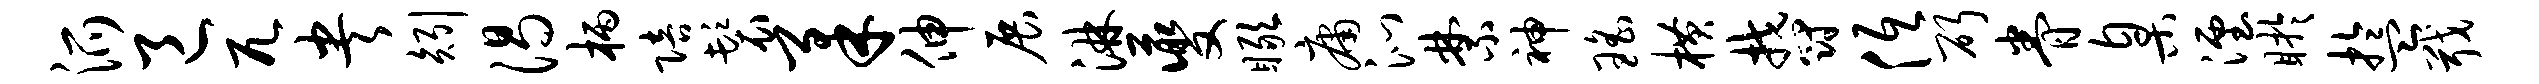
派邑兀央矧渴柄陪鬟柔伸展淋夔瞰庸沁禁神瑶横郁低斫眷臬湮盱盂戢